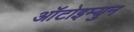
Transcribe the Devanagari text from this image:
आॅटोइम्युन